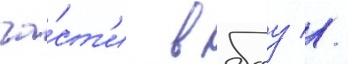
ча́ст'и в боу //